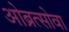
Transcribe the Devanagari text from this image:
ओब्रत्सोवा